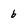
Character: b